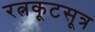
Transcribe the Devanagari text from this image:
रत्नकूटसूत्र